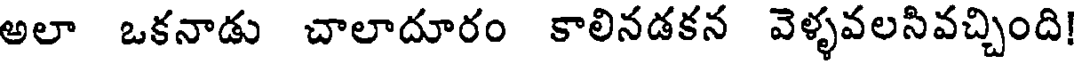
అలా ఒకనాడు చాలాదూరం కాలినడకన వెళ్ళవలసివచ్చింది!